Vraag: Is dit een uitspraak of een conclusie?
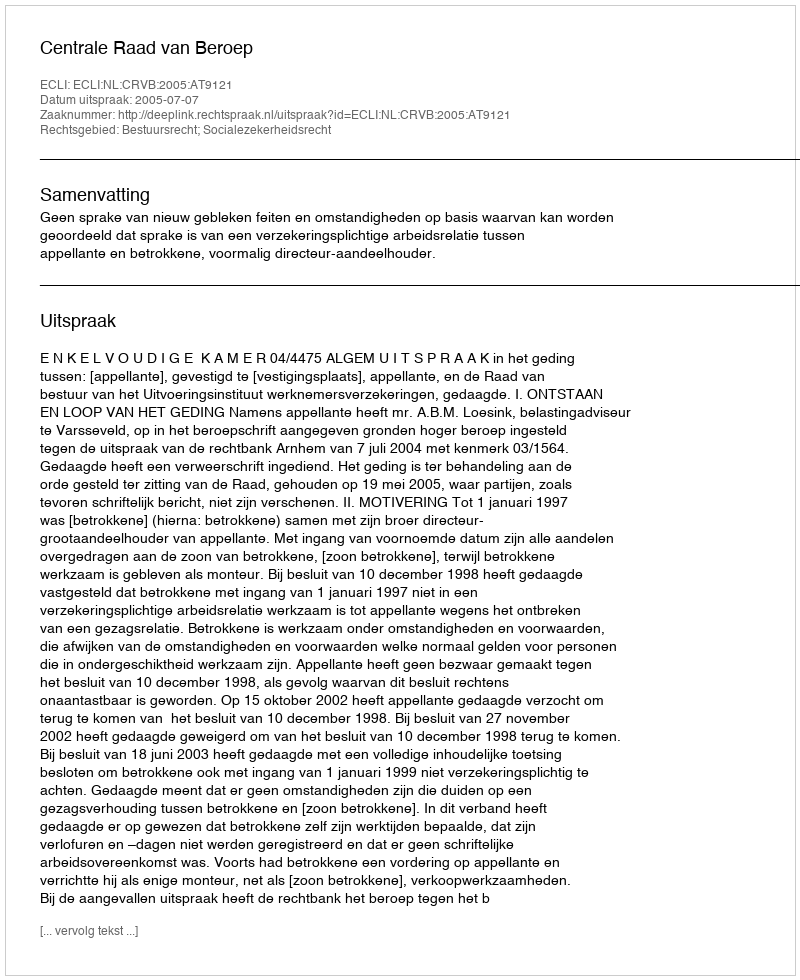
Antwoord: Uitspraak